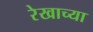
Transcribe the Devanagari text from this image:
रेखाच्या